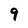
Character: 9